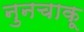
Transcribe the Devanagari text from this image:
नुनचाकू